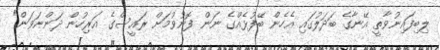
ލިބިފައިނުވާތީ އޭނާގެ ބަދަލުގައި އެހެން ބޭފުޅެއްގެ ނަން ފޮނުވުމަށް ރައީސްގެ އަރިހުން ދަންނަވަން"